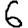
Digit: 6